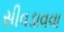
સીવડાવવા